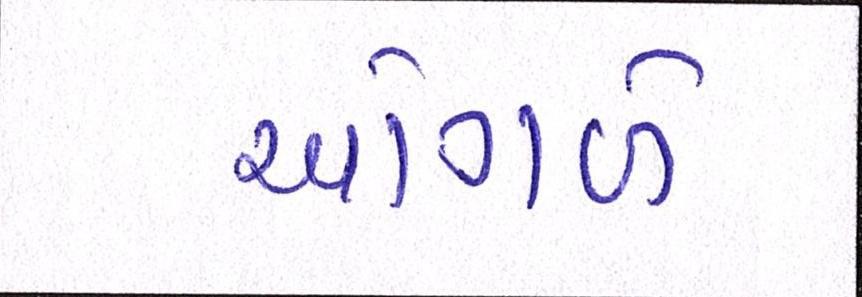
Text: ઓગળે